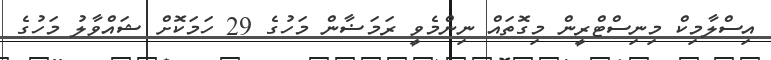
އިސްލާމިކް މިނިސްޓްރީން މިގޮތައް ނިންމެވީ ރަމަޟާން މަހުގެ 29 ހަމަކޮށް ޝައްވާލު މަހުގެ